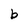
Character: b